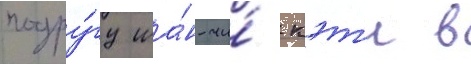
подру́гу ша́н-чи́ кэт'и в